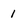
Character: 1